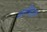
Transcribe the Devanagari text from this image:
बलेबाज़